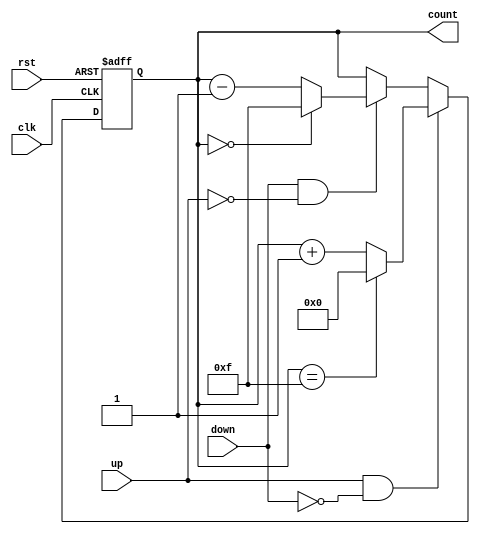
module UpDownCounter #(
    parameter N = 4 // Number of bits for the counter
) (
    input wire clk,      // Clock signal
    input wire rst,      // Asynchronous reset
    input wire up,       // Count up control signal
    input wire down,     // Count down control signal
    output reg [N-1:0] count // N-bit counter output
);

// Asynchronous reset and counting logic
always @(posedge clk or posedge rst) begin
    if (rst) begin
        count <= 0; // Reset count to zero
    end else begin
        if (up && !down) begin
            count <= (count == {N{1'b1}}) ? 0 : count + 1; // Increment with rollover
        end else if (down && !up) begin
            count <= (count == 0) ? {N{1'b1}} : count - 1; // Decrement with rollover
        end
        // If both up and down are low, retain the current count
    end
end

endmodule